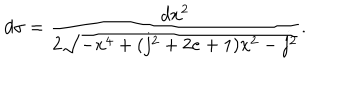
d \sigma = \frac { d x ^ { 2 } } { 2 \sqrt { - x ^ { 4 } + ( j ^ { 2 } + 2 e + 1 ) x ^ { 2 } - j ^ { 2 } } } .